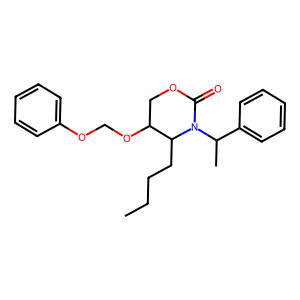
SMILES: CCCCC1C(OCOc2ccccc2)COC(=O)N1C(C)c1ccccc1
Inhibits HIV replication: No